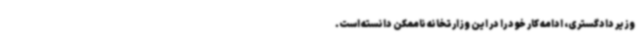
وزیر دادگستری، ادامه کار خود را در این وزارتخانه ناممکن دانسته است.